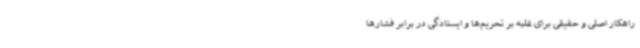
راهکار اصلی و حقیقی برای غلبه بر تحریم‌ها و ایستادگی در برابر فشارها